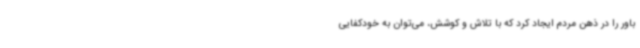
باور را در ذهن مردم ایجاد کرد که با تلاش و کوشش، می‌توان به خودکفایی